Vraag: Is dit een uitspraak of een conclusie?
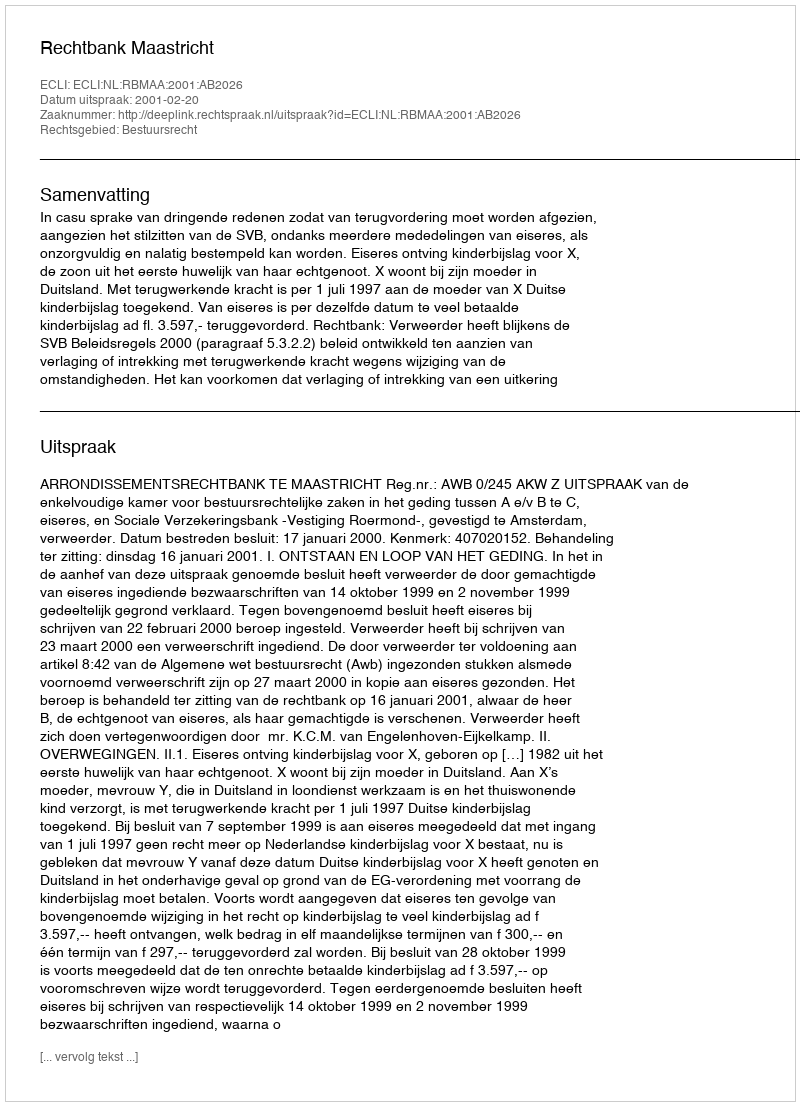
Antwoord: Uitspraak